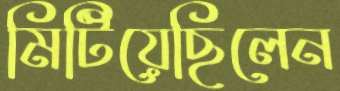
মিটিয়েছিলেন